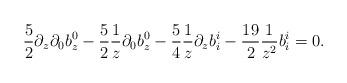
LaTeX: \begin{align*}{5\over 2}\partial_z\partial_0 b^0_z -{5\over 2}{1\over z}\partial_0 b^0_z-{5\over 4}{1\over z}\partial_z b^i_i -{19\over 2}{1\over z^2}b^i_i =0 .\end{align*}